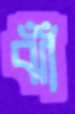
ঝাঁঁ